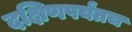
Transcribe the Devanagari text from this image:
दक्षिणपर्यंतच